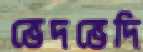
ভেদভেদি